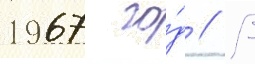
1967 го́д // В